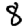
Digit: 8